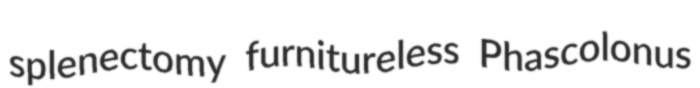
splenectomy furnitureless Phascolonus